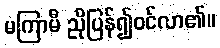
မကြာမီ ညိုပြန်၍ဝင်လာ၏။